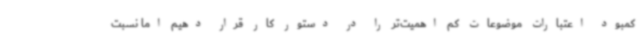
کمبود اعتبارات موضوعات کم اهمیت‌تر را در دستور کار قرار دهیم اما نسبت